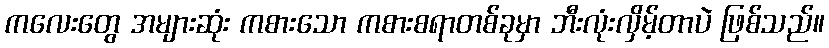
ကလေးတွေ အများဆုံး ကစားသော ကစားစရာတစ်ခုမှာ ဘီးလုံးလှိမ့်တာပဲ ဖြစ်သည်။